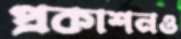
প্রকাশনও